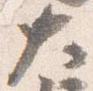
大